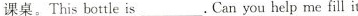
课桌。This bottle is_. Can you help me fill it